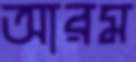
আরম